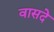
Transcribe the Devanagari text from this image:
वासदे